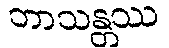
ဘာသန္တဿ